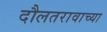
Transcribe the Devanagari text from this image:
दौलतरावाच्या